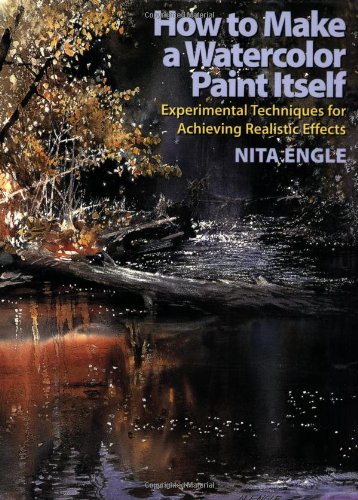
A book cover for How to Make a Watercolor Paint Itself: Experimental Techniques for Achieving Realistic Effects; Nita Engle; Arts & Photography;